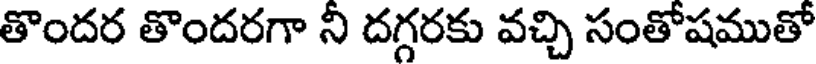
తొందర తొందరగా నీ దగ్గరకు వచ్చి సంతోషముతో